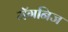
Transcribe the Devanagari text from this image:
मॅगनिज